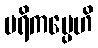
ပရိကပ္ပေဟိ